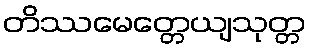
တိဿမေတ္တေယျသုတ္တ